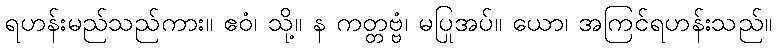
ရဟန်းမည်သည်ကား။ ဧဝံ၊ သို့။ န ကတ္တဗ္ဗံ၊ မပြုအပ်။ ယော၊ အကြင်ရဟန်းသည်။